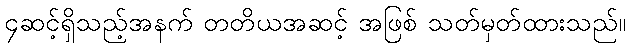
၄ဆင့်ရှိသည့်အနက် တတိယအဆင့် အဖြစ် သတ်မှတ်ထားသည်။